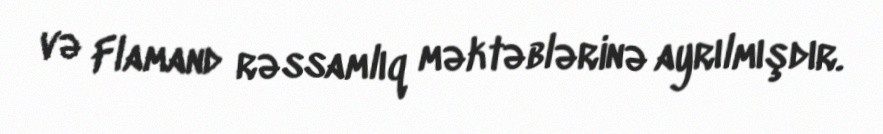
və Flamand rəssamlıq məktəblərinə ayrılmışdır.